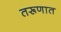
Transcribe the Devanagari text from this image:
तरूणात